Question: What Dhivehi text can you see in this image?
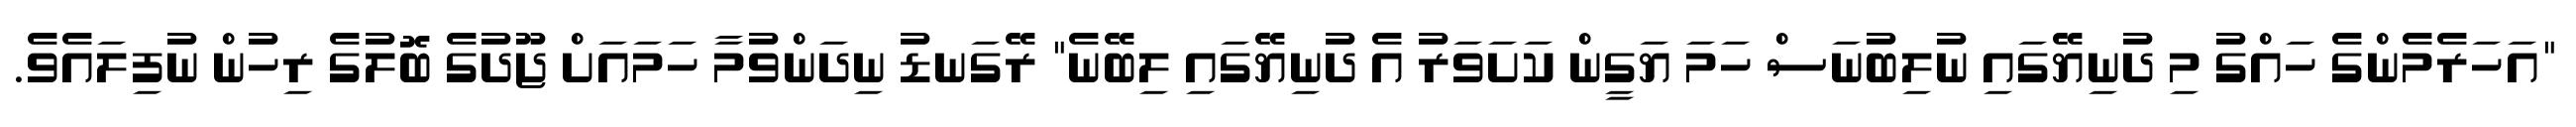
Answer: "އަހަރެމެންގެ ހައްގު މި ދުނިޔޭގައި ނުލިބުނަސް ހަމަ ޔަގީން ކަށަވަރު އެ ދުނިޔޭގައި ލިބޭނެ" ރޭގަނޑު ނިދަންވުމާ ހަމައަށް ޖޫދުގެ ބޮލުގެ ރިހުން ނުފިލައެވެ.